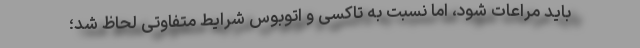
باید مراعات شود، اما نسبت به تاکسی و اتوبوس شرایط متفاوتی لحاظ شد؛